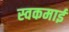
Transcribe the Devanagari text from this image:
स्वकमाई